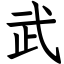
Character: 武